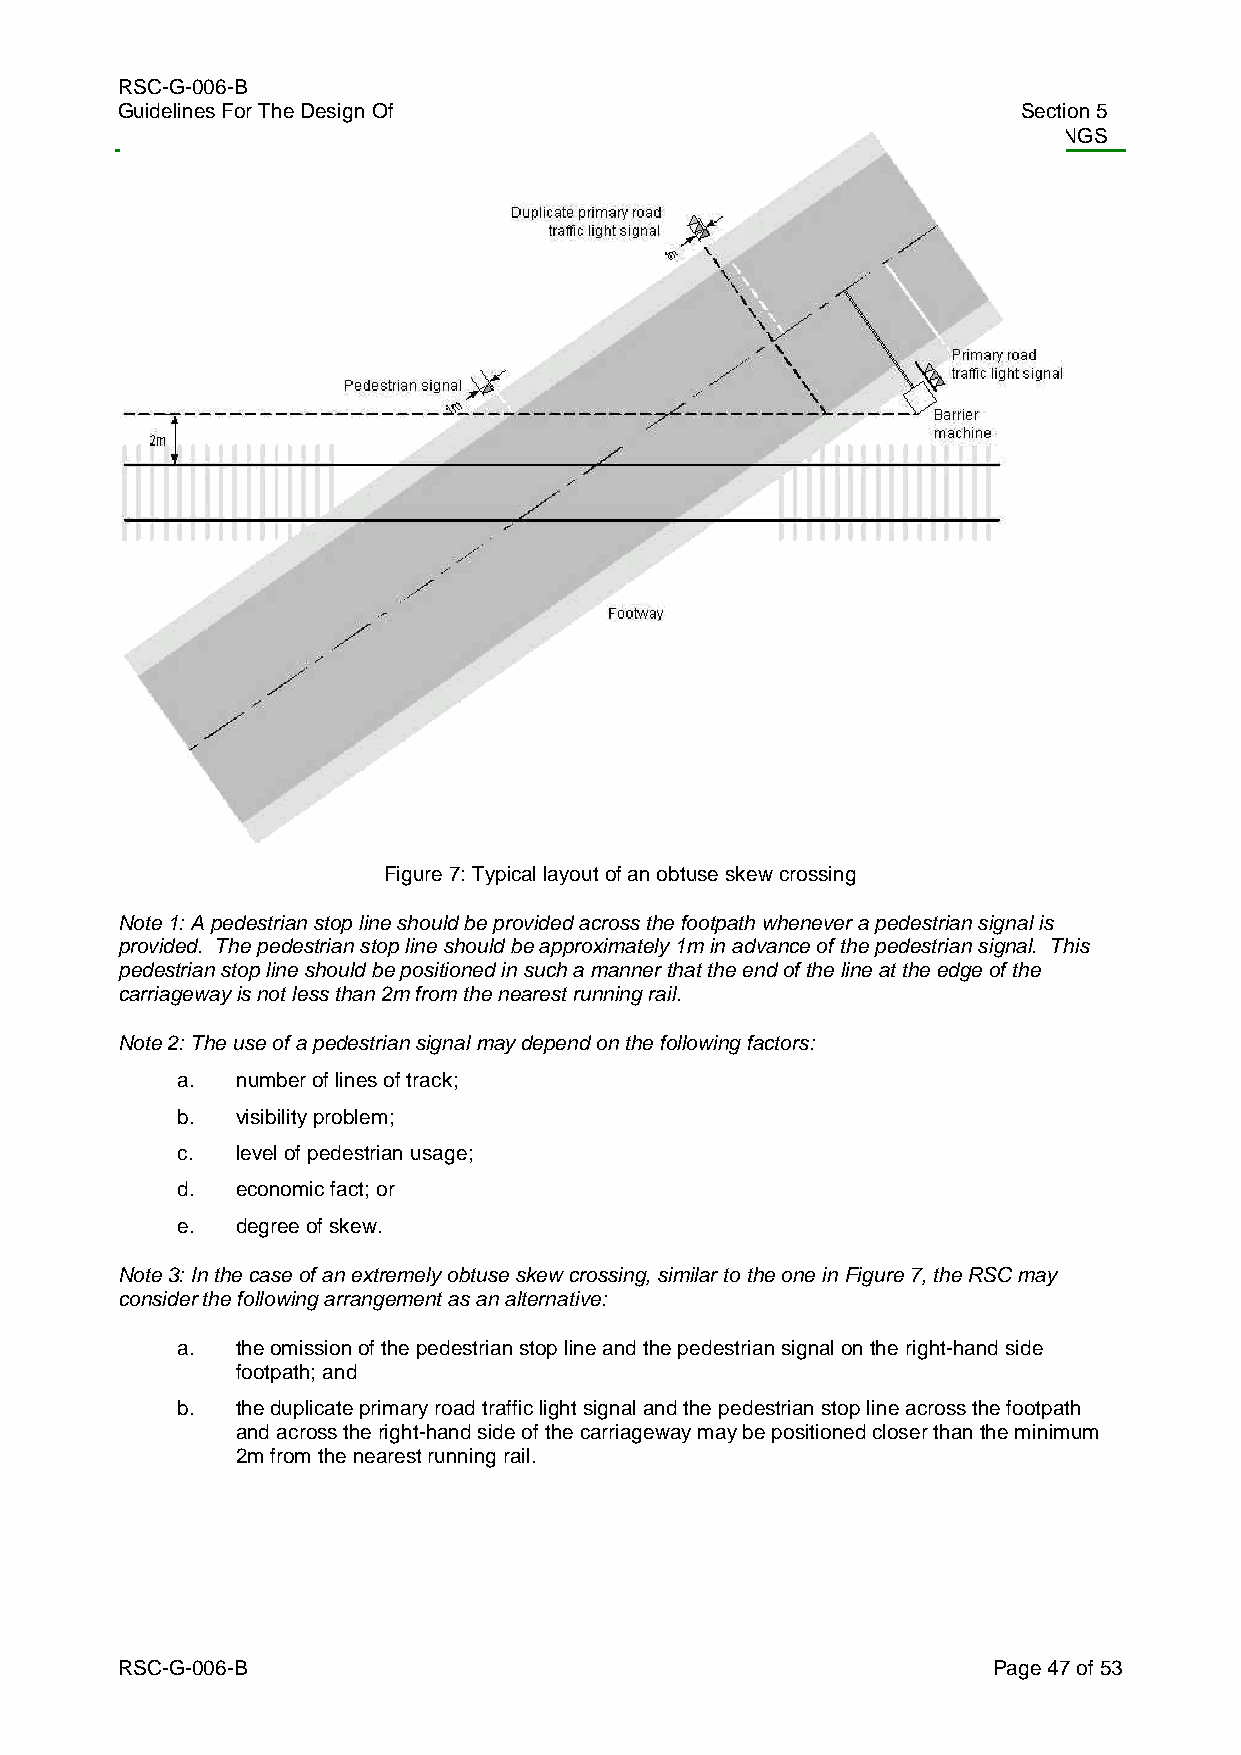
RSC-G-006-B
 Guidelines For The Design Of                                Section 5
 Railway Infrastructure And Rolling Stock            LEVEL CROSSINGS
 Figure 7: Typical layout of an obtuse skew crossing
 Note 1: A pedestrian stop line should be provided across the footpath whenever a pedestrian signal is
 provided. The pedestrian stop line should be approximately 1m in advance of the pedestrian signal. This
 pedestrian stop line should be positioned in such a manner that the end of the line at the edge of the
 carriageway is not less than 2m from the nearest running rail.
 Note 2: The use of a pedestrian signal may depend on the following factors:
 a.  number of lines of track;
 b.  visibility problem;
 c.  level of pedestrian usage;
 d.  economic fact; or
 e.  degree of skew.
 Note 3: In the case of an extremely obtuse skew crossing, similar to the one in Figure 7, the RSC may
 consider the following arrangement as an alternative:
 a.  the omission of the pedestrian stop line and the pedestrian signal on the right-hand side
 footpath; and
 b.  the duplicate primary road traffic light signal and the pedestrian stop line across the footpath
 and across the right-hand side of the carriageway may be positioned closer than the minimum
 2m from the nearest running rail.
 RSC-G-006-B                                               Page 47 of 53